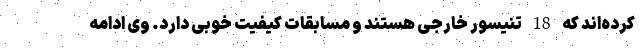
کرده‌اند که 18 تنیسور خارجی هستند و مسابقات کیفیت خوبی دارد. وی ادامه